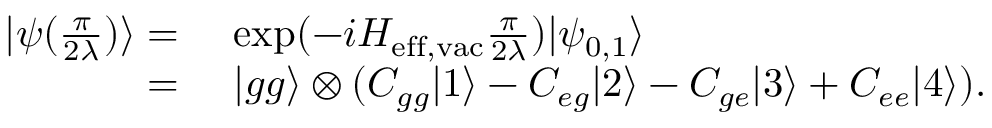
\begin{array} { r l } { | \psi ( \frac { \pi } { 2 \lambda } ) \rangle = } & { { } ~ \mathrm { e x p } ( - i H _ { \mathrm { e f f , v a c } } \frac { \pi } { 2 \lambda } ) | \psi _ { 0 , 1 } \rangle } \\ { = } & { { } ~ | g g \rangle \otimes ( C _ { g g } | 1 \rangle - C _ { e g } | 2 \rangle - C _ { g e } | 3 \rangle + C _ { e e } | 4 \rangle ) . } \end{array}